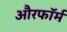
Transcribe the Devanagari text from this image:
औरफॉर्म